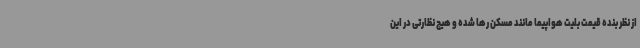
از نظر بنده قیمت بلیت هواپیما مانند مسکن رها شده و هیچ نظارتی در این